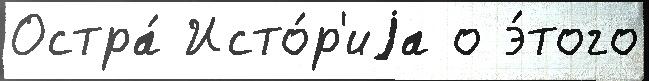
Остра́ Исто́р'иjа о э́того